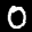
Label: 0